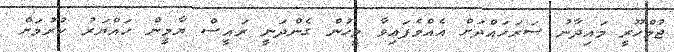
ޖުމްހޫރީ މައިދާނު ސަރަހައްދަށް އެއްވެފައިވާ މީހުން ގެންދަނީ ރައީސް ޔާމީން ހައްޔަރު ކުރުމަށް